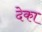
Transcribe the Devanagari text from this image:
देका